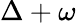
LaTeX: \Delta+\omega